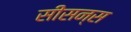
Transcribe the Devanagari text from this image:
सीसन्स